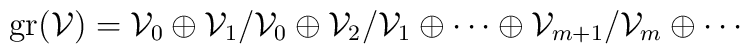
{\rm gr}({\cal V})={\cal V}_0 \oplus {\cal V}_1 / {\cal V}_0 \oplus {\cal V}_2 / {\cal V}_1\oplus \cdots \oplus {\cal V}_{m+1} / {\cal V}_m \oplus \cdots